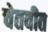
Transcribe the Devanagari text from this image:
चेतवीत